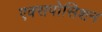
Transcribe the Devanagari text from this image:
एक्सपोसिशन